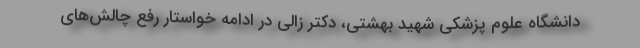
دانشگاه علوم پزشکی شهید بهشتی، دکتر زالی در ادامه خواستار رفع چالش‌های